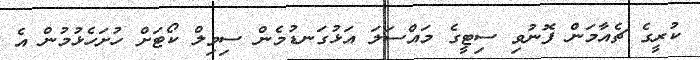
ކުރީގެ ޗެއާމަން ފޮނުވި ސިޓީގެ މައްސަލަ އަޅުގަނޑުމެން ސިވިލް ކޯޓަށް ހުށަހެޅުމުން އެ